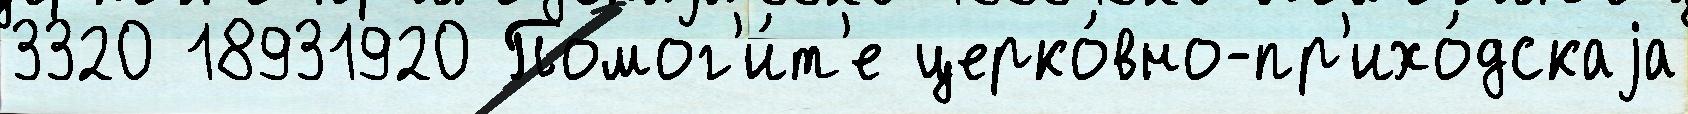
3320 18931920 Помог'и́т'е церко́вно-пр'ихо́дскаjа